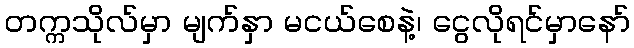
တက္ကသိုလ်မှာ မျက်နှာ မငယ်စေနဲ့၊ ငွေလိုရင်မှာနော်